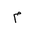
Letter: _mim